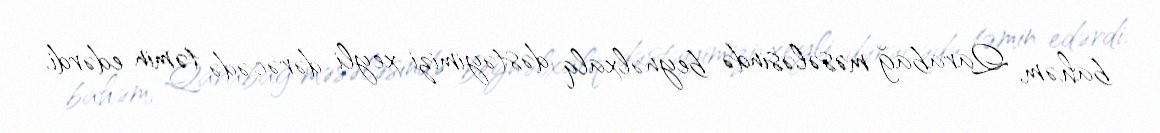
bahəm, Qarabağ məsələsində beynəlxalq dəstəyimizi xeyli dərəcədə təmin edərdi.